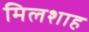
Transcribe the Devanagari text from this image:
मिलशाह